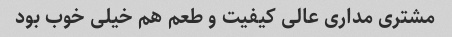
مشتری مداری عالی کیفیت و طعم هم خیلی خوب بود